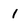
Character: 1